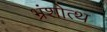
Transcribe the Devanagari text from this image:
भ्रंशोत्थ